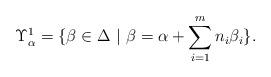
LaTeX: \begin{align*} \Upsilon^1_\alpha = \{\beta \in \Delta\ |\ \beta = \alpha + \sum_{i=1}^m n_i \beta_i \}.\end{align*}